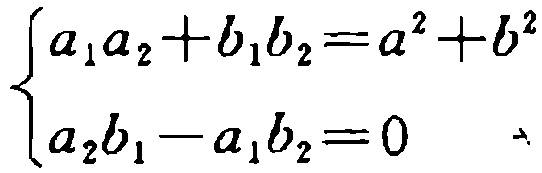
\[\begin{cases}
a_{1}a_{2}+b_{1}b_{2}=a^{2}+b^{2}\\
a_{2}b_{1}-a_{1}b_{2}=0
\end{cases}\]